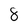
Character: 8